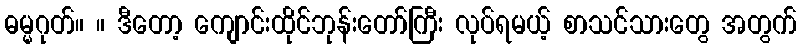
ဓမ္မဂုတ်။ ။ ဒီတော့ ကျောင်းထိုင်ဘုန်းတော်ကြီး လုပ်ရမယ့် စာသင်သားတွေ အတွက်